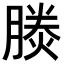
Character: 𪱪